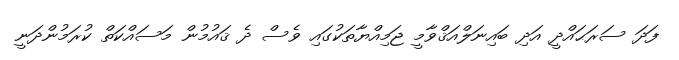
ފަދަ ސަރަޙައްދީ އަދި ބައިނަލްއަޤްވާމީ ޖަމިއްޔާތަކުގައި ވެސް ދެ ޤައުމުން މަސައްކަތް ކުރަމުންދަނީ